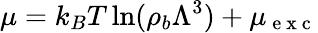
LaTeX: \mu=k_{B}T\ln(\rho_{b}\Lambda^{3})+\mu_{\mathrm{~e~x~c~}}